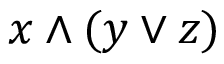
x \wedge ( y \vee z )